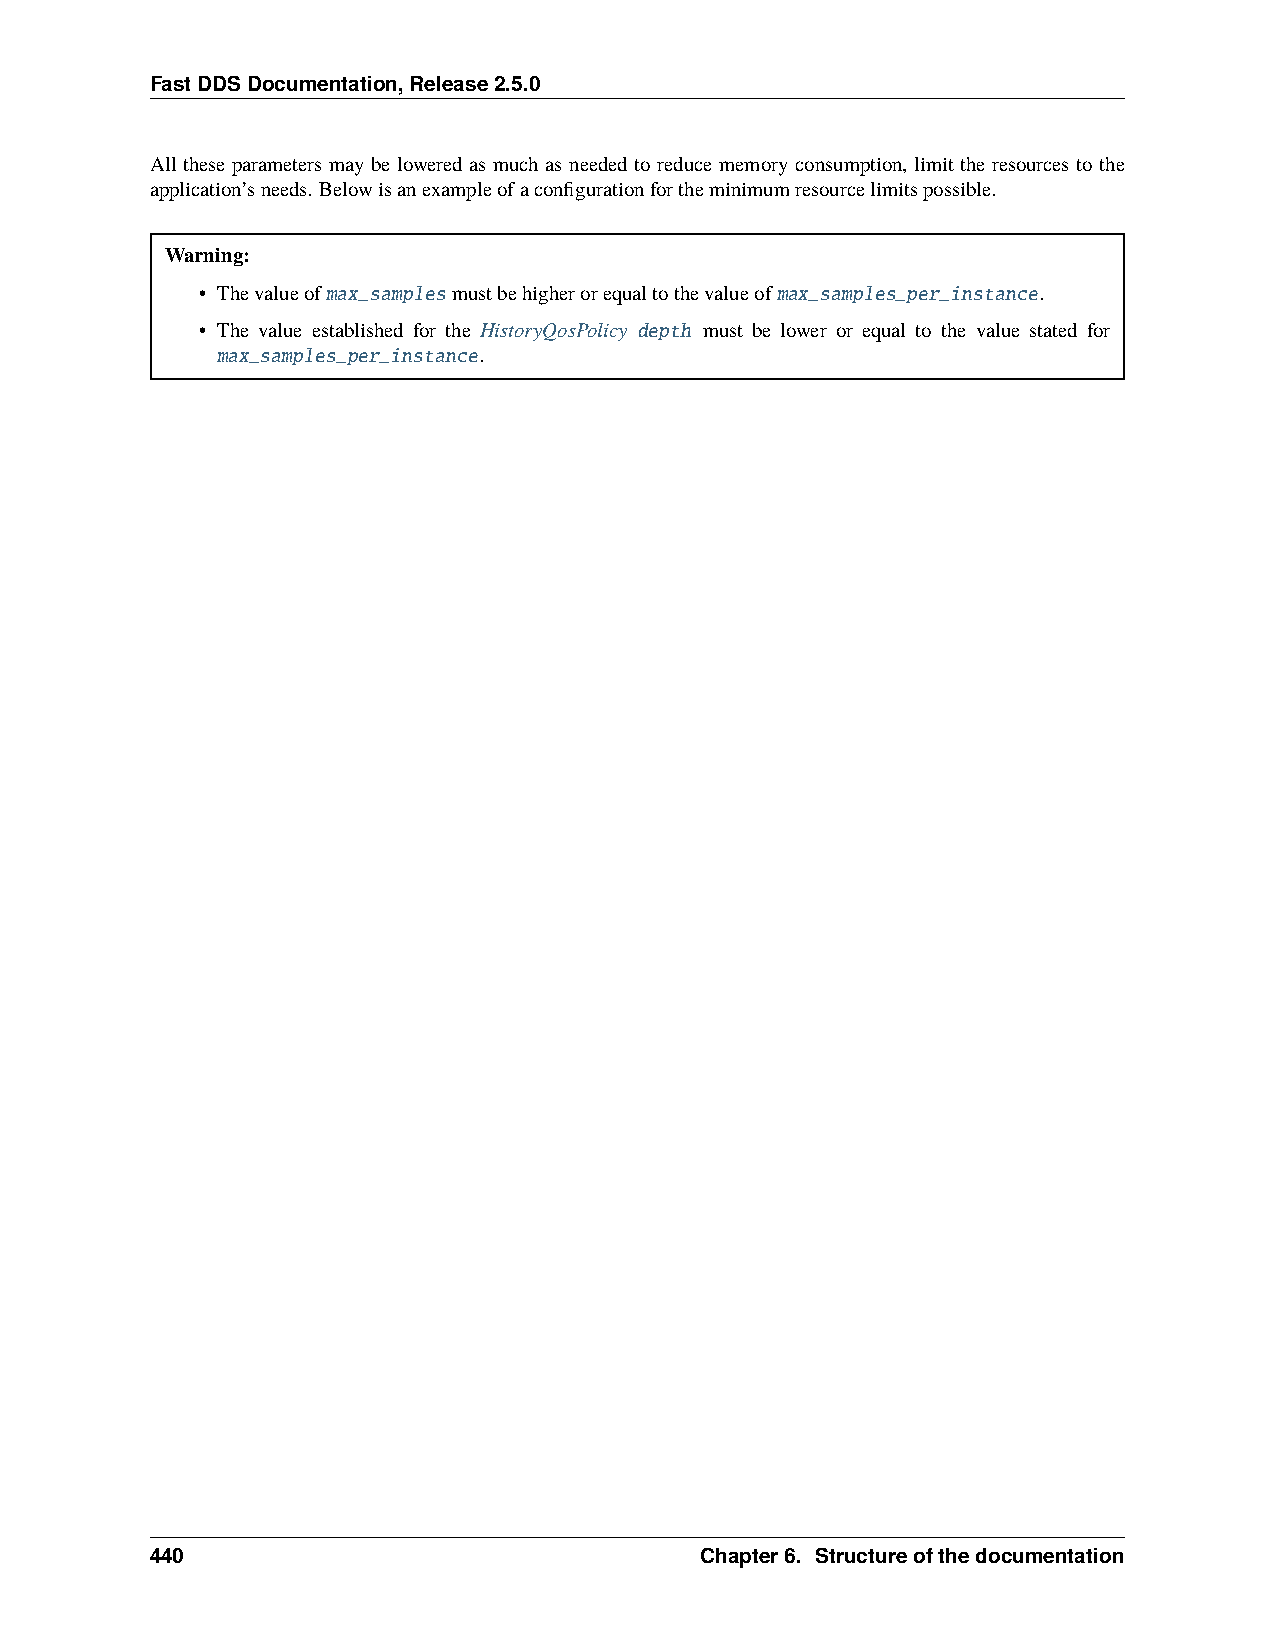
FastDDSDocumentation,Release2.5.0
 All these parameters may be lowered as much as needed to reduce memory consumption, limit the resources to the
 application’sneeds. Belowisanexampleofaconfigurationfortheminimumresourcelimitspossible.
 Warning:
 • Thevalueofmax_samplesmustbehigherorequaltothevalueofmax_samples_per_instance.
 • The value established for the HistoryQosPolicy depth must be lower or equal to the value stated for
 max_samples_per_instance.
 440                                 Chapter6. Structureofthedocumentation